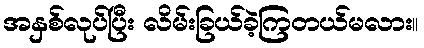
အနှစ်လုပ်ပြီး လိမ်းခြယ်ခဲ့ကြတယ်မလား။